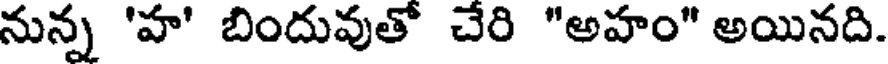
నున్న 'హ' బిందువుతో చేరి "అహం" అయినది.